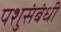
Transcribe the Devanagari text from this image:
पशुसंबंधी